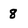
Character: 8